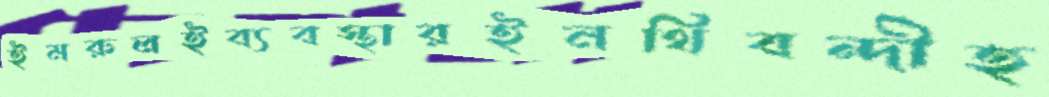
ইমরুলইব্যবস্থারইনথিবন্দীহ